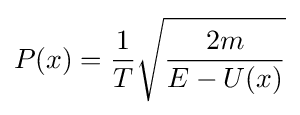
P(x)={\frac {1}{T}}{\sqrt {\frac {2m}{E-U(x)}}}